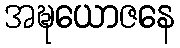
အဍ္ဎယောဇနေ